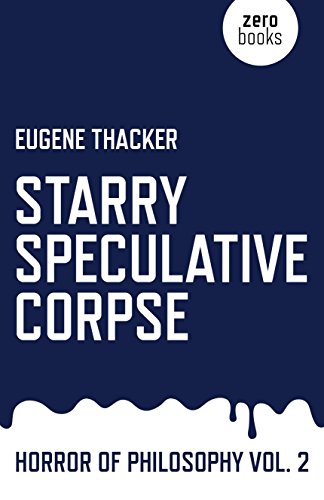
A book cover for Starry Speculative Corpse: Horror of Philosophy (Vol 2); Eugene Thacker; Politics & Social Sciences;